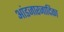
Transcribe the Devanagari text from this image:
आंडजारजादिका